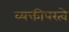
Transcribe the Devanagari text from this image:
व्यक्तीपरत्वे